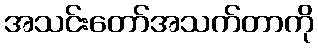
အသင်းတော်အသက်တာကို